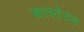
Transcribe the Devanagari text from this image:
कास्टेटस